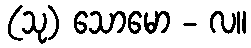
(သု) သောမော - လ။